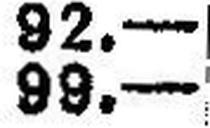
99.—